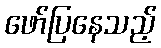
ဖော်ပြနေသည့်